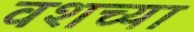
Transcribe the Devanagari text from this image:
वशच्या